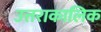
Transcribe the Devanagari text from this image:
उत्तराकालिक